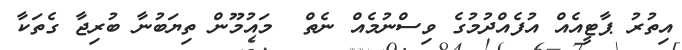
އިތުރު ޕާޓީއެއް އުފެއްދުމުގެ ވިސްނުމެއް ނެތް  މައުމޫން ތިޔަބުނާ ބުރިޖާ ގެތަކާ